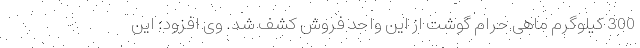
300 کیلوگرم ماهی حرام گوشت از این واحد فروش کشف شد. وی افزود: این